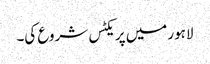
لاہور میں پریکٹس شروع کی۔